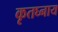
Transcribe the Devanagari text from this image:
कृतघ्नाय